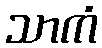
သာကံ